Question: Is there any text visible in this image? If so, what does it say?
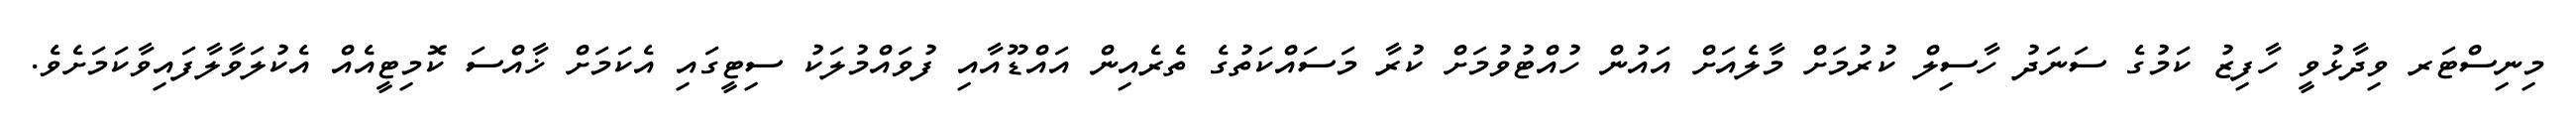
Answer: މިނިސްޓަރ ވިދާޅުވީ ހާފިޒު ކަމުގެ ސަނަދު ހާސިލް ކުރުމަށް މާލެއަށް އައުން ހުއްޓުވުމަށް ކުރާ މަސައްކަތުގެ ތެރެއިން އައްޑޫއާއި ފުވައްމުލަކު ސިޓީގައި އެކަމަށް ޚާއްސަ ކޮމިޓީއެއް އެކުލަވާލާފައިވާކަމަށެވެ.